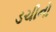
ડચીનો